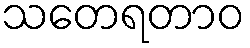
သတေရတာဝ